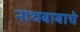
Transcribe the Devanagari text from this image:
नाथबाबाचे